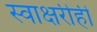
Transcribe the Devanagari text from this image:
स्वाक्षरीही